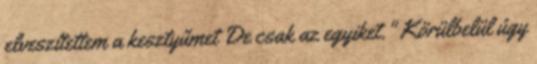
elveszítettem a kesztyűmet De csak az egyiket." Körülbelül úgy